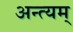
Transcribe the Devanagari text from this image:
अन्त्यम्